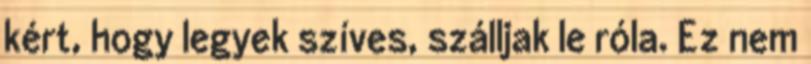
kért, hogy legyek szíves, szálljak le róla. Ez nem